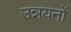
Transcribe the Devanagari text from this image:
उन्नयनों